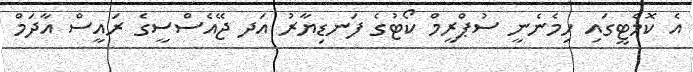
އެ ކޮމެޓީގައި ހިމެނެނީ ސުޕްރީމް ކޯޓުގެ ފަނޑިޔާރު އަދ ޖޭއެސްސީގެ ރައީސް އާދަމް